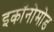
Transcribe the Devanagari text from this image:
इकॉनोमोड